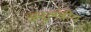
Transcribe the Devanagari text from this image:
अनुलंबीय